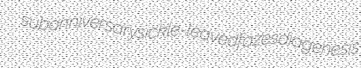
subanniversary sickle-leaved fazes diagenesis